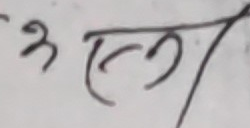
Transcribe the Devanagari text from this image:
एल